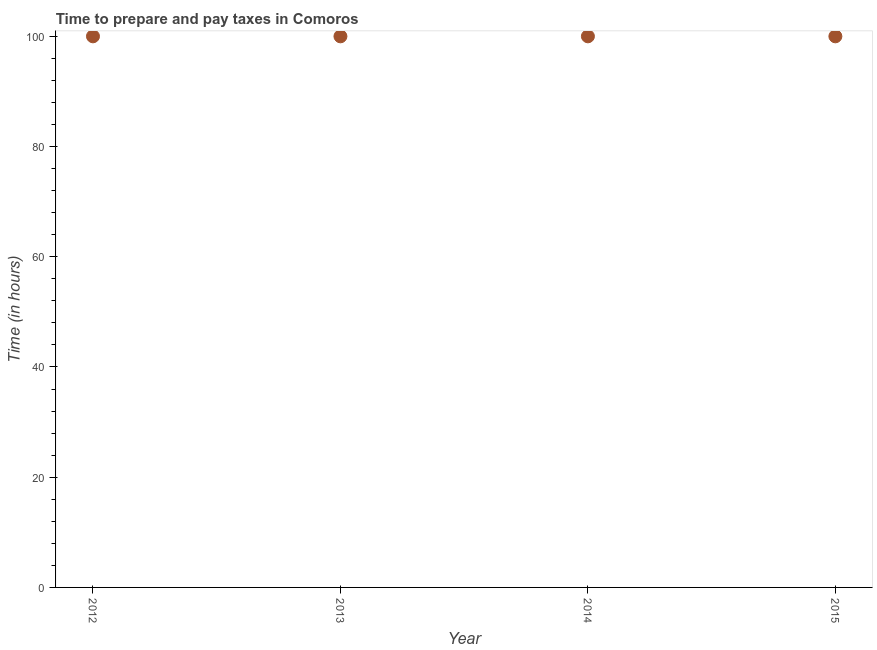
| Year | Time to prepare and pay taxes |
 | --- | --- |
 | 2012 | 100 |
 | 2013 | 100 |
 | 2014 | 100 |
 | 2015 | 100 |